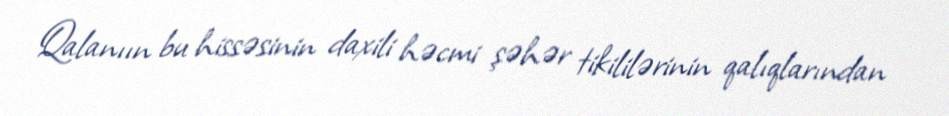
Qalanıın bu hissəsinin daxili həcmi şəhər tikililərinin qalıqlarından